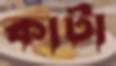
কার্টা